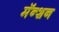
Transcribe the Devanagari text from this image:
मॅन्शन